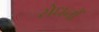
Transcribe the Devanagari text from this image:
रोधनों